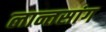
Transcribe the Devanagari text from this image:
लान्तसांग